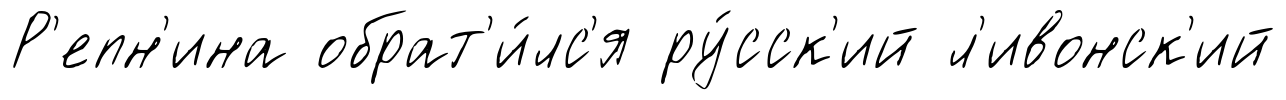
Р'епн'ина обрат'и́лс'я ру́сск'ий л'ивонск'ий